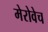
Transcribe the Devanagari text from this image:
मेरोवेच